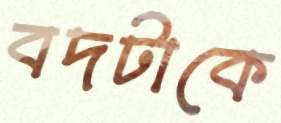
বদটাকে